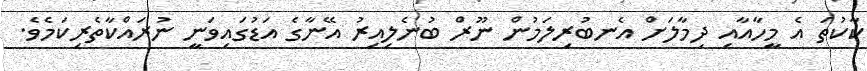
ކާކުތަ އެ މީހާއާއި ދިމާލަށް އެނބުރިލަމުން ނޫރް ބުނެލިއިރު އޭނާގެ އަޑުގައިވަނީ ނުރައްކާތެރިކަމެވެ.